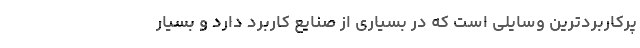
پرکاربردترین وسایلی است که در بسیاری از صنایع کاربرد دارد و بسیار